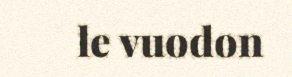
le vuodon